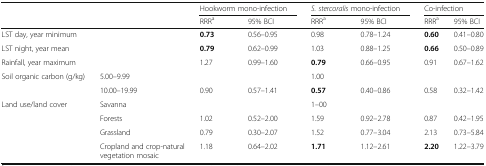
<table><thead><tr><td></td><td></td><td colspan="2"><b>Hookworm mono-infection</b></td><td colspan="2"><b><i>S. stercoralis</i> mono-infection</b></td><td colspan="2"><b>Co-infection</b></td></tr><tr><td></td><td></td><td><b>RRR<sup>a</sup></b></td><td><b>95% BCI</b></td><td><b>RRR<sup>a</sup></b></td><td><b>95% BCI</b></td><td><b>RRR<sup>a</sup></b></td><td><b>95% BCI</b></td></tr></thead><tbody><tr><td>LST day, year minimum</td><td></td><td><b>0.73</b></td><td>0.56–0.95</td><td>0.98</td><td>0.78–1.24</td><td><b>0.60</b></td><td>0.41–0.80</td></tr><tr><td>LST night, year mean</td><td></td><td><b>0.79</b></td><td>0.62–0.99</td><td>1.03</td><td>0.88–1.25</td><td><b>0.66</b></td><td>0.50–0.89</td></tr><tr><td>Rainfall, year maximum</td><td></td><td>1.27</td><td>0.99–1.60</td><td><b>0.79</b></td><td>0.66–0.95</td><td>0.91</td><td>0.67–1.62</td></tr><tr><td>Soil organic carbon (g/kg)</td><td>5.00–9.99</td><td></td><td></td><td>1.00</td><td></td><td></td><td></td></tr><tr><td></td><td>10.00–19.99</td><td>0.90</td><td>0.57–1.41</td><td><b>0.57</b></td><td>0.40–0.86</td><td>0.58</td><td>0.32–1.42</td></tr><tr><td>Land use/land cover</td><td>Savanna</td><td></td><td></td><td>1–00</td><td></td><td></td><td></td></tr><tr><td></td><td>Forests</td><td>1.02</td><td>0.52–2.00</td><td>1.59</td><td>0.92–2.78</td><td>0.87</td><td>0.42–1.95</td></tr><tr><td></td><td>Grassland</td><td>0.79</td><td>0.30–2.07</td><td>1.52</td><td>0.77–3.04</td><td>2.13</td><td>0.73–5.84</td></tr><tr><td></td><td>Cropland and crop-natural vegetation mosaic</td><td>1.18</td><td>0.64–2.02</td><td><b>1.71</b></td><td>1.12–2.61</td><td><b>2.20</b></td><td>1.22–3.79</td></tr></tbody></table>